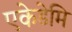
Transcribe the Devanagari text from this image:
एकेडेमि